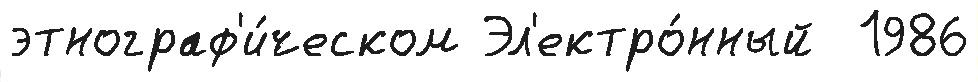
этнограф'и́ческом Эл'ектро́нный  1986